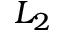
L _ { 2 }